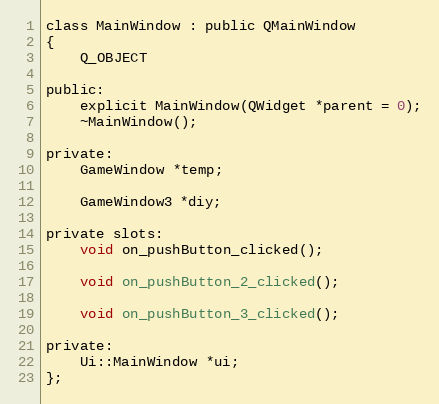
Language: C
class MainWindow : public QMainWindow
{
    Q_OBJECT

public:
    explicit MainWindow(QWidget *parent = 0);
    ~MainWindow();

private:
    GameWindow *temp;

    GameWindow3 *diy;

private slots:
    void on_pushButton_clicked();

    void on_pushButton_2_clicked();

    void on_pushButton_3_clicked();

private:
    Ui::MainWindow *ui;
};